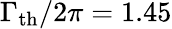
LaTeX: \Gamma_{\mathrm{th}}/2\pi=1.45